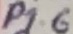
Text: P1.6